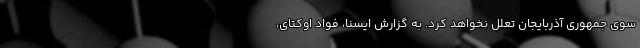
سوی جمهوری آذربایجان تعلل نخواهد کرد. به گزارش ایسنا، فواد اوکتای،‌